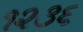
૧૨૩૬